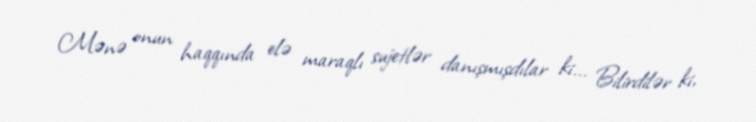
Mənə onun haqqında elə maraqlı sujetlər danışmışdılar ki... Bilirdilər ki,